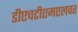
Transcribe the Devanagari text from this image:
डीएचटीएमएलवर